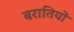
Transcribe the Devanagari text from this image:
बरातियों